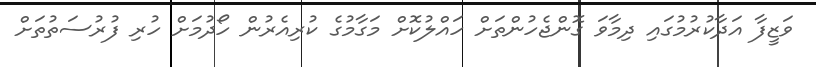
ވަޒީފާ އަދާކުރުމުގައި ދިމާވަ ގޮންޖެހުންތަށް ހައްލުކޮށް މަގާމުގެ ކުރިއެރުން ހޯދުމަށް ހުރި ފުރުސަތުތަށް